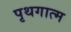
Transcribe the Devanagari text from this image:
पृथगात्म